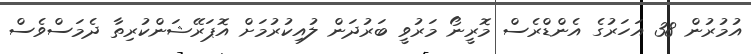
އުމުރުން 38 އަހަރުގެ އެންޑްރެސް މޮރީނޯ މަރުވީ ބަރުދަން ލުއިކުރުމަށް އޮޕަރޭޝަންކުރިތާ ދެމަސްވެސް